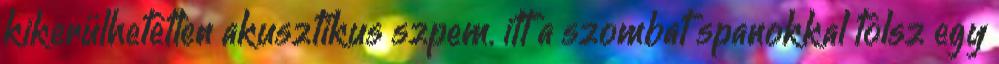
kikerülhetetlen akusztikus szpem. itt a szombat spanokkal tolsz egy